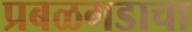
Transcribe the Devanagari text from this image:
प्रबळगडाचा